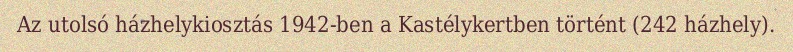
Az utolsó házhelykiosztás 1942-ben a Kastélykertben történt (242 házhely).